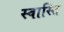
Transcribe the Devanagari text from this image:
स्‍वास्‍ति